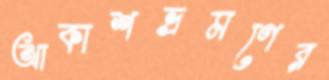
আকাশভ্রমণের